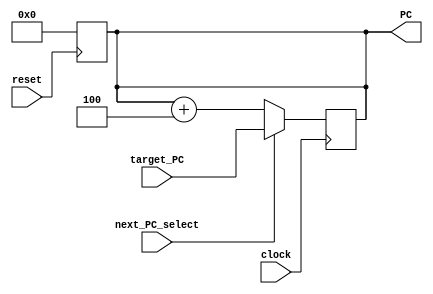
// Name: Quinn Meurer, Frank Yang, Alex Salmi
// BU ID: UXXXXXXXX, UXXXXXXXX, UXXXXXXXX
// EC413 Project: Fetch Module

module fetch #(
  parameter ADDRESS_BITS = 16
) (
  input  clock,
  input  reset,
  input  next_PC_select,
  input  [ADDRESS_BITS-1:0] target_PC,
  output [ADDRESS_BITS-1:0] PC
);

reg [ADDRESS_BITS-1:0] PC_reg;

assign PC = PC_reg;

/******************************************************************************
*                      Start Your Code Here
******************************************************************************/

always@(posedge clock) begin
	if (next_PC_select == 1'b0) begin
		PC_reg <= PC_reg + 4;
	end else begin
		PC_reg <= target_PC;
	end
end

always@(posedge reset) begin
	PC_reg <= 16'h0000;
end

endmodule